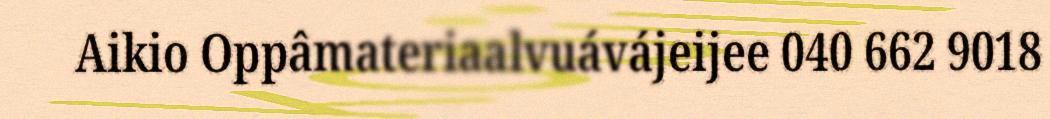
Aikio Oppâmateriaalvuávájeijee 040 662 9018